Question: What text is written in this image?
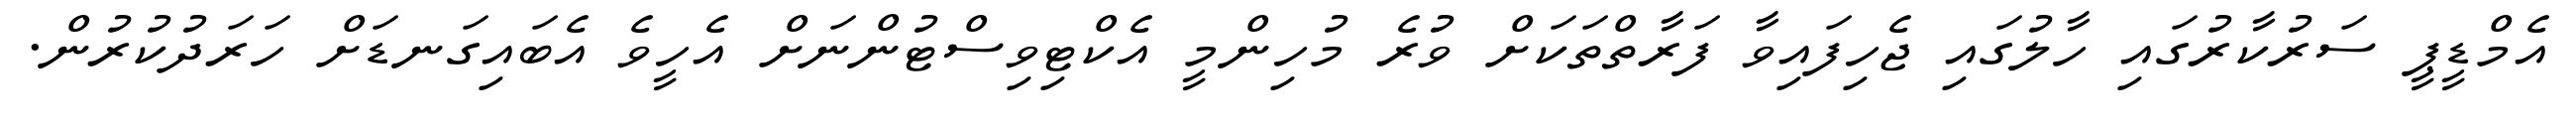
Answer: އެމްޑީޕީ ސަރުކާރުގައި ހާލުގައި ޖެހިފައިވާ ފަރާތްތަކަށް ވުރެ މުހިންމީ އެކްޓިވިސްޓުންނަށް އެހީވެ އެބައިގަނޑަށް ހަރަދުކުރުން.